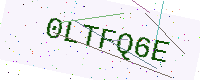
Text: 0LTFQ6E